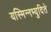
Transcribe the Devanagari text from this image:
यस्मिन्नभ्युदिते